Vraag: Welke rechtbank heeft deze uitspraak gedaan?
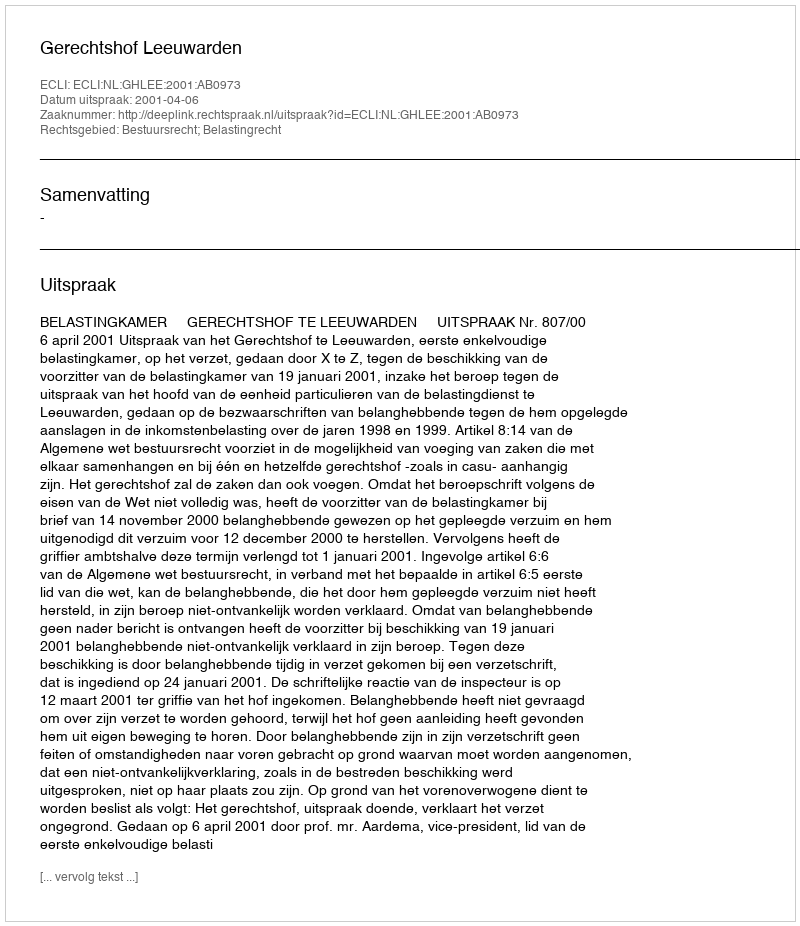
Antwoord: Gerechtshof Leeuwarden